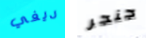
ديفي جنجر